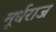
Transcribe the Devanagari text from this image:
मूर्धराज